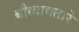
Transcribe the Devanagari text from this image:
बौध्दावतारे